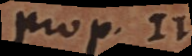
prop. 2.),